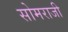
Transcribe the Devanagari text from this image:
सोमराजी